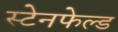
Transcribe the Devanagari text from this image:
स्टेनफेल्ड